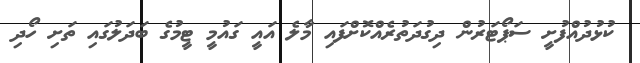
ކުޅުދުއްފުށީ ސަޕޯޓަރުން ދިގުދަތުރެއްކޮށްފައި މާލެ އައީ ގައުމީ ޓީމުގެ ބަދަލުގައި ތަށި ހޯދި